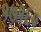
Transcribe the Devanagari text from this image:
१७१६०